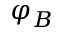
\varphi _ { B }